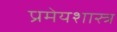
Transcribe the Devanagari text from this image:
प्रमेयशास्त्र